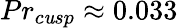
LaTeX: Pr_{c\mathit{u}sp}\approx0.033